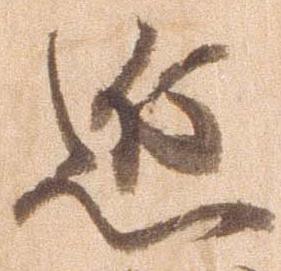
近